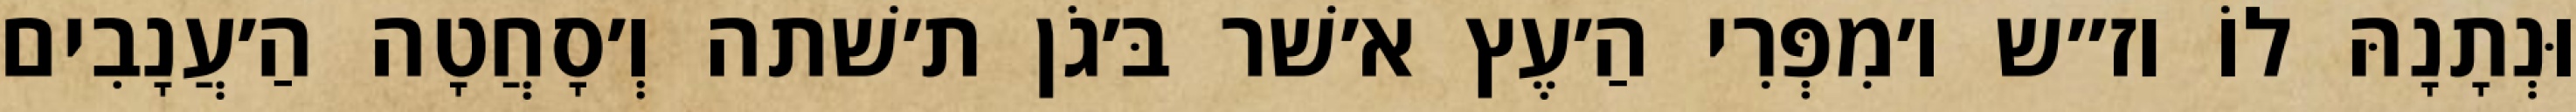
וּנְתָנָהּ לוֹ וז״ש ו׳מִפְּרִי הַ׳עֶץ א׳שׁר בּ׳גֹן ת׳שׁתה וְ׳סָחֲטָה הַ׳עֲנָבִים